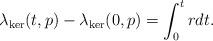
LaTeX: \begin{align*}\lambda _{\ker }(t,p)-\lambda _{\ker }(0,p)=\displaystyle \int_{0}^{t}rdt.\end{align*}